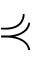
\curlyeqprec